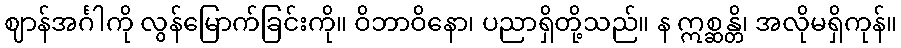
ဈာန်အင်္ဂါကို လွန်မြောက်ခြင်းကို။ ဝိဘာဝိနော၊ ပညာရှိတို့သည်။ န ဣစ္ဆန္တိ၊ အလိုမရှိကုန်။